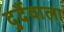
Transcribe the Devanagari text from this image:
दुर्दैवाला